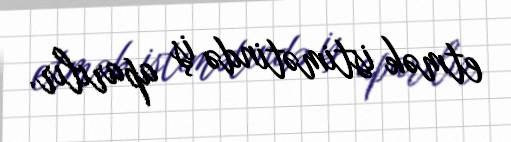
etmək istimətində iş aparılır.